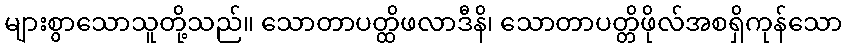
များစွာသောသူတို့သည်။ သောတာပတ္ထိဖလာဒီနိ၊ သောတာပတ္တိဖိုလ်အစရှိကုန်သော